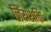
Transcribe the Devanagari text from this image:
निराशक्ति